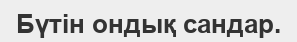
Бүтін ондық сандар.